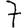
Digit: 7